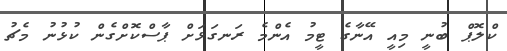
ކްލޮޕް ބުނީ މިއީ އޭނާގެ ޓީމު އެންމެ ރަނގަޅަށް ޕާސްކޮށްގެން ކުޅުނު މެޗު